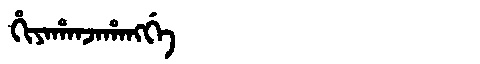
Manchu: ᡥᡳᠶᠠᡥᠠᠨᠵᠠᡥᠠᠩᡤᡝ
Romanization: HIYAHANJAHANGGE